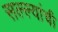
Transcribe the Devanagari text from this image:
सल्ल्यांची